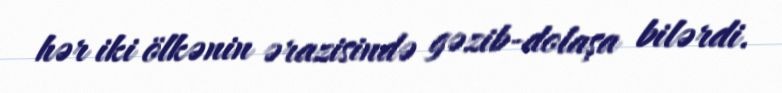
hər iki ölkənin ərazisində gəzib-dolaşa bilərdi.